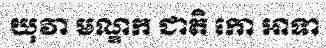
យុវា មណ្ឌក ជាតិ កោ ឤទា